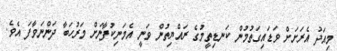
މިއަދު އެރަށަށް ވަޑައިގަތުމުން ކަނޑިތީމުގެ ރައްޔިތުން ވަނީ އެމަނިކުފާނަށް މަރުހަބާ ދަންނަވާފަ އެވެ.